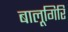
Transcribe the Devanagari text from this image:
बालूगिरि